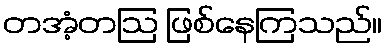
တအံ့တဩ ဖြစ်နေကြသည်။